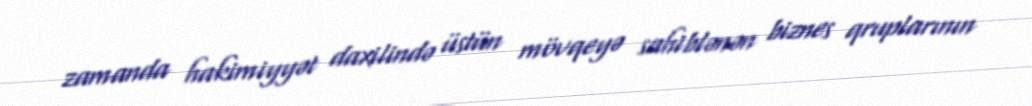
zamanda hakimiyyət daxilində üstün mövqeyə sahiblənən biznes qruplarının